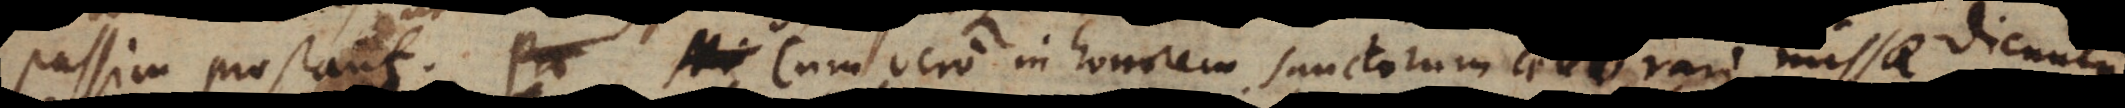
passim prostant. Cum vero in honorem sanctorum celebrari missae dicuntu